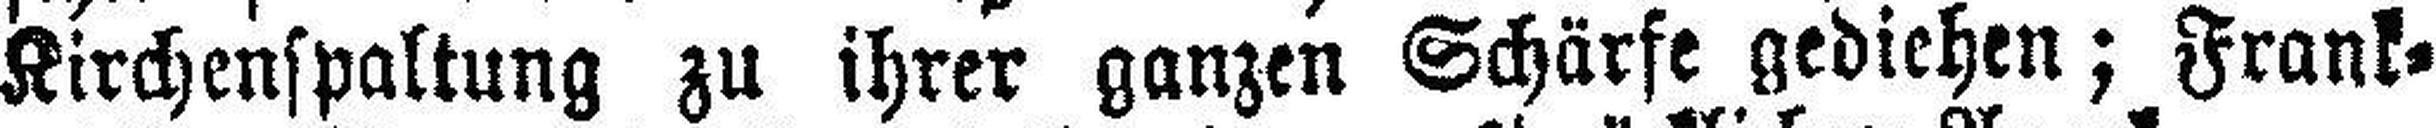
Kirchenspaltung zu ihrer ganzen Schärfe gediehen; Frank¬